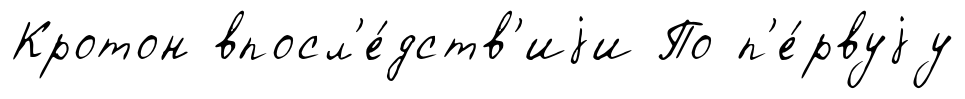
Кротон впосл'е́дств'иjи По п'е́рвуjу